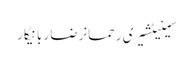
سینیٹشیری رحمانرضا ربانیکار